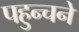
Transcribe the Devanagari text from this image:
पहुन्चने